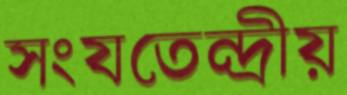
সংযতেন্দ্রীয়